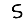
Digit: 5